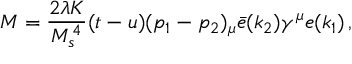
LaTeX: { \cal M } = { \frac { 2 \lambda K } { M _ { s } ^ { 4 } } } ( t - u ) ( p _ { 1 } - p _ { 2 } ) _ { \mu } \bar { e } ( k _ { 2 } ) \gamma ^ { \mu } e ( k _ { 1 } ) \, ,